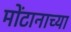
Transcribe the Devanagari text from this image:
मोंटानाच्या